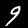
Label: 9